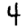
Digit: 4